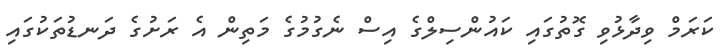
ކަރަމް ވިދާޅުވި ގޮތުގައި ކައުންސިލްގެ އިސް ނެގުމުގެ މަތިން އެ ރަށުގެ ދަނޑުތަކުގައި